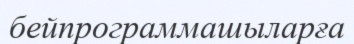
бейпрограммашыларға